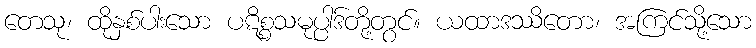
တေသု၊ ထိုနှစ်ပါးသော ပဋိစ္စသမုပ္ပါဒ်တို့တွင်။ ယထာဒဿိတော၊ အကြင်သို့သော